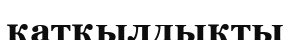
қатқылдықты